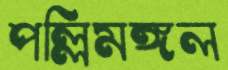
পল্লিমঙ্গল